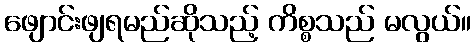
ဖျောင်းဖျရမည်ဆိုသည့် ကိစ္စသည် မလွယ်။